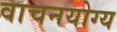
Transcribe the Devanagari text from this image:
वाचनयोग्य